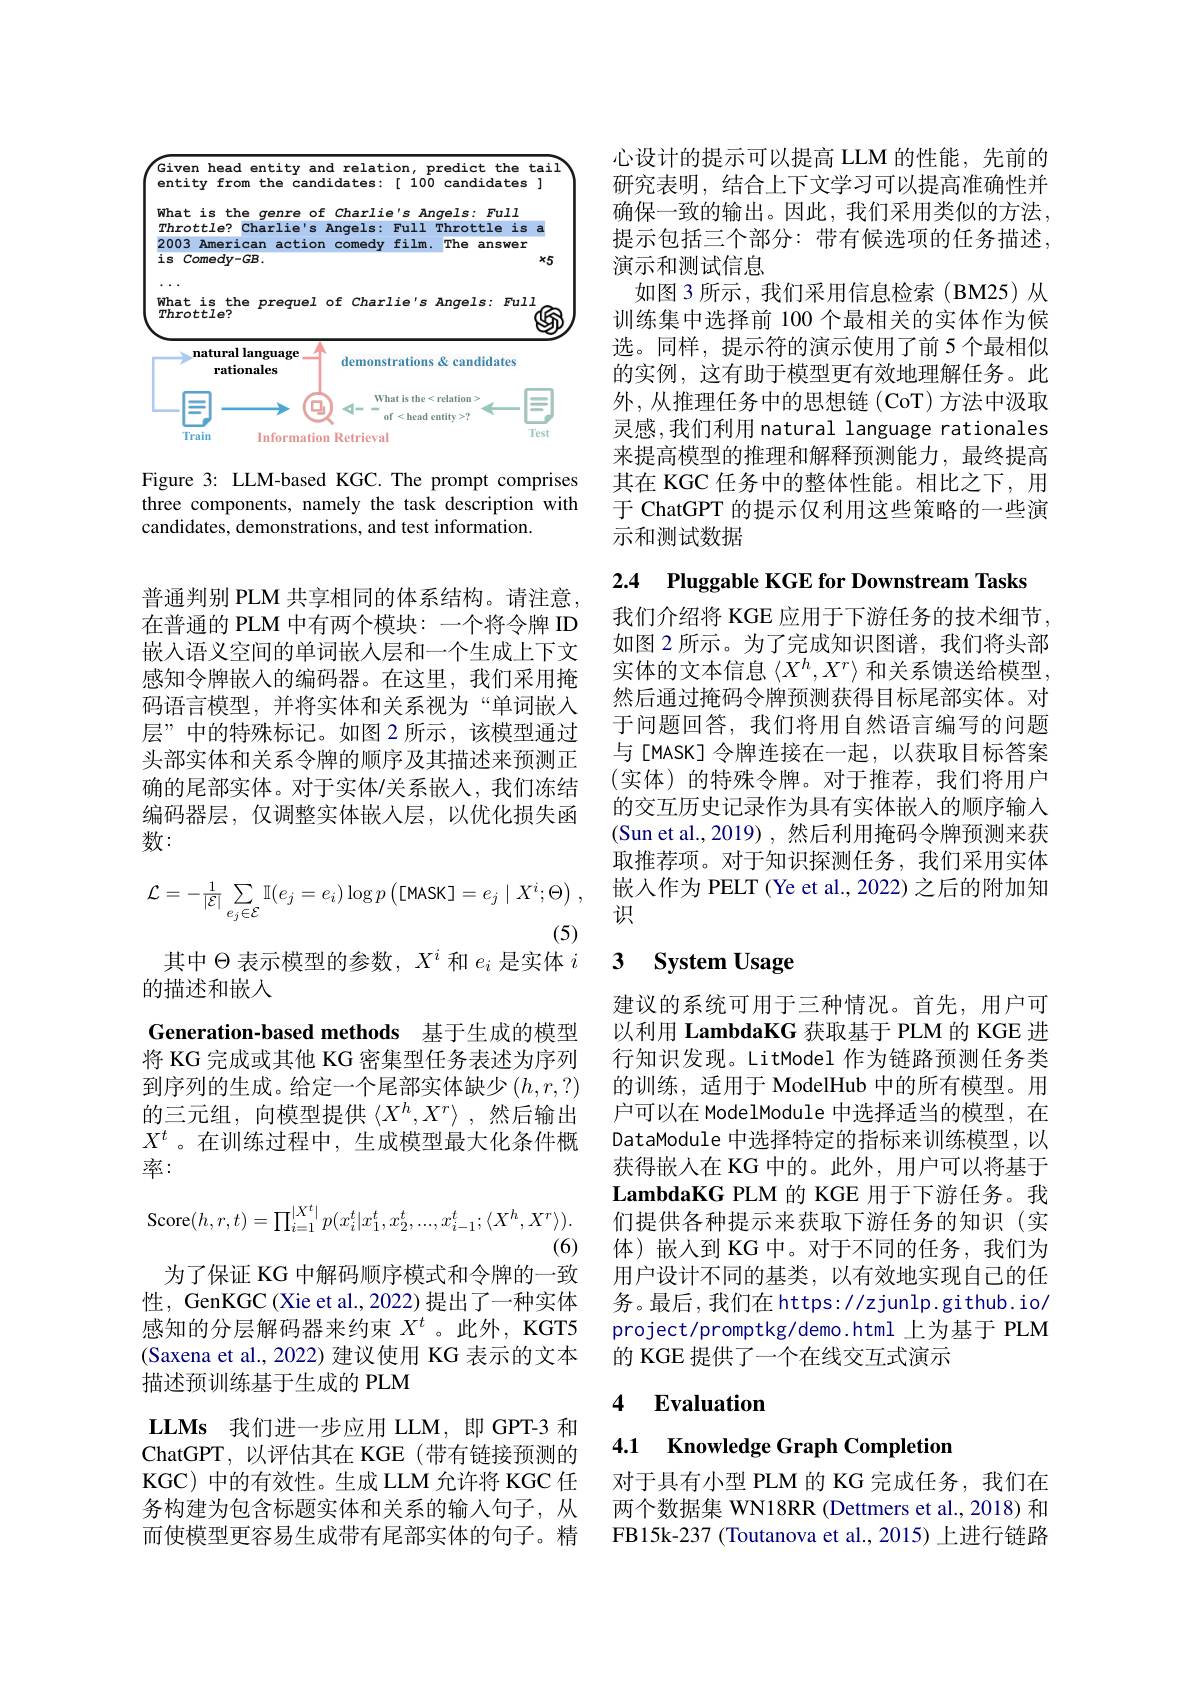
<FigureHere>

Figure 3: LLM-based KGC. The prompt comprises three components, namely the task description with candidates, demonstrations, and test information.
$$\mathcal{L}=-\frac{1}{|\mathcal{E}|}\sum_{e_{j}\in\mathcal{E}}\mathbb{I}(e_{j}=e_{i})\log p\left([\mathsf{MASK}]=e_{j}\mid X^{i};\Theta\right)\:,$$
(5)
其中$\Theta$表示模型的参数，$X^i$和$e_i$是实体$i$

普通判别 PLM 共享相同的体系结构。请注意， 在普通的 PLM 中有两个模块：一个将令牌 ID 嵌入语义空间的单词嵌人层和一个生成上下文感知令牌嵌入的编码器。在这里，我们采用掩码语言模型，并将实体和关系视为“单词嵌入层”中的特殊标记。如图 2 所示，该模型通过头部实体和关系令牌的顺序及其描述来预测正确的尾部实体。对于实体/关系嵌入，我们冻结编码器层，仅调整实体嵌入层，以优化损失函数：
的描述和嵌人
Generation-based methods 基于生成的模型将 KG 完成或其他 KG 密集型任务表述为序列到序列的生成。给定一个尾部实体缺少$\left(h,r,?\right)$ 的三元组，向模型提供$\langle X^h,X^r\rangle$ ,然后输出$X^t$ 。在训练过程中，生成模型最大化条件概率：
$$\mathrm{Score}(h,r,t)=\prod_{i=1}^{|X^{t}|}p(x_{i}^{t}|x_{1}^{t},x_{2}^{t},...,x_{i-1}^{t};\langle X^{h},X^{r}\rangle).$$
(6)
为了保证 KG 中解码顺序模式和令牌的一致性，GenKGC (Xie et al., 2022) 提出了一种实体感知的分层解码器来约束$X^t$ 。此外，KGT5 (Saxena et al., 2022) 建议使用 KG 表示的文本描述预训练基于生成的 PLM
LLMs 我们进一步应用 LLM,即 GPT-3 和ChatGPT,以评估其在 KGE(带有链接预测的KGC) 中的有效性。生成 LLM 允许将 KGC 任务构建为包含标题实体和关系的输入句子，从而使模型更容易生成带有尾部实体的句子。精

心设计的提示可以提高 LLM 的性能，先前的研究表明，结合上下文学习可以提高准确性并确保一致的输出。因此，我们采用类似的方法， 提示包括三个部分：带有候选项的任务描述， 演示和测试信息
如图 3 所示 , 我们采用信息检索( BM25)从训练集中选择前 100 个最相关的实体作为候选。同样，提示符的演示使用了前 5个最相似的实例，这有助于模型更有效地理解任务。此外，从推理任务中的思想链(CoT)方法中汲取灵感，我们利用 natural language rationales 来提高模型的推理和解释预测能力，最终提高其在 KGC 任务中的整体性能。相比之下，用于 ChatGPT 的提示仅利用这些策略的一些演示和测试数据

2.4 Pluggable KGE for Downstream Tasks

我们介绍将 KGE 应用于下游任务的技术细节， 如图 2 所示。为了完成知识图谱，我们将头部实体的文本信息$\left\langle X^h,X^r\right\rangle$和关系馈送给模型， 然后通过掩码令牌预测获得目标尾部实体。对于问题回答，我们将用自然语言编写的问题与[MASK]令牌连接在一起，以获取目标答案(实体)的特殊令牌。对于推荐，我们将用户的交互历史记录作为具有实体嵌人的顺序输入(Sun et al.,2019),然后利用掩码令牌预测来获取推荐项。对于知识探测任务，我们采用实体嵌入作为 PELT (Ye et al., 2022) 之后的附加知识

### 3 $\textbf{System Usage}$

建议的系统可用于三种情况。首先，用户可以利用 LambdaKG 获取基于 PLM 的 KGE 进行知识发现。LitModel 作为链路预测任务类的训练，适用于 ModelHub 中的所有模型。用户可以在 ModelModule 中选择适当的模型，在DataModule 中选择特定的指标来训练模型，以获得嵌入在 KG 中的。此外，用户可以将基于$\textbf{LambdaKG PLM 的 KGE 用 于 下 游 任 务 。我 }$ 们提供各种提示来获取下游任务的知识(实体)嵌人到 KG 中。对于不同的任务，我们为用户设计不同的基类，以有效地实现自己的任务。最后，我们在 https://zjunlp.github.io/ project/promptkg/demo.html 上为基于 PLM 的 KGE 提供了一个在线交互式演示

## 4 $\textbf{Evaluation}$

4.1 Knowledge Graph Completior

对于具有小型 PLM 的 KG 完成任务，我们在两个数据集 WN18RR (Dettmers et al., 2018) 和FB15k-237 (Toutanova et al., 2015) 上进行链路